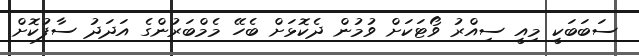
ސަބަބަކީ މިއީ ސިއްރު ވޯޓަކަށް ވުމުން ދެކޮޅަށް ބެހޭ މެމްބަރުންގެ އަދަދު ސާފުކޮށް